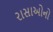
રાસાઓનો